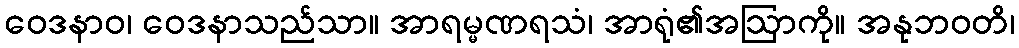
ဝေဒနာဝ၊ ဝေဒနာသည်သာ။ အာရမ္မဏရသံ၊ အာရုံ၏အဩာကို။ အနုဘဝတိ၊